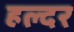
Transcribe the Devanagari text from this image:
हल्दर